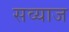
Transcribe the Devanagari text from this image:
सव्याज